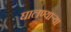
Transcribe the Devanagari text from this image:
घालण्यार्‍या